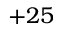
+ 2 5